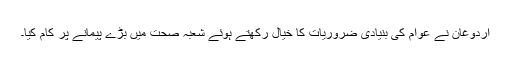
اردوغان نے عوام کی بنیادی ضروریات کا خیال رکھتے ہوئے شعبہ صحت میں بڑے پیمانے پر کام کیا۔